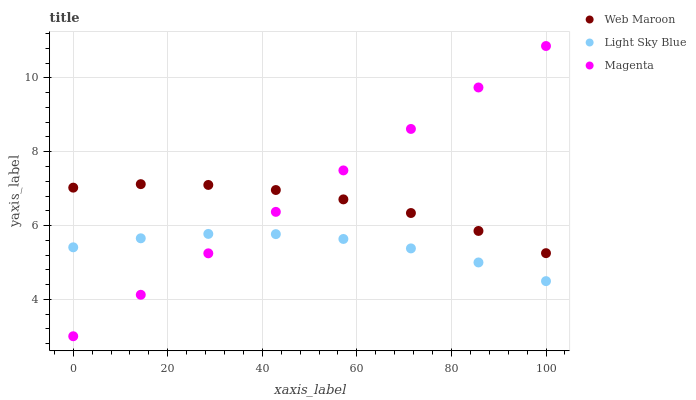
| xaxis_label | Web Maroon | Light Sky Blue | Magenta |
 | --- | --- | --- | --- |
 | 0 | 7.03 | 5.41 | 3 |
 | 14.3 | 7.12 | 5.65 | 4.12 |
 | 28.6 | 7.1 | 5.77 | 5.25 |
 | 42.9 | 6.96 | 5.77 | 6.37 |
 | 57.1 | 6.71 | 5.64 | 7.49 |
 | 71.4 | 6.34 | 5.38 | 8.62 |
 | 85.7 | 5.85 | 5 | 9.74 |
 | 100 | 5.25 | 4.49 | 10.9 |